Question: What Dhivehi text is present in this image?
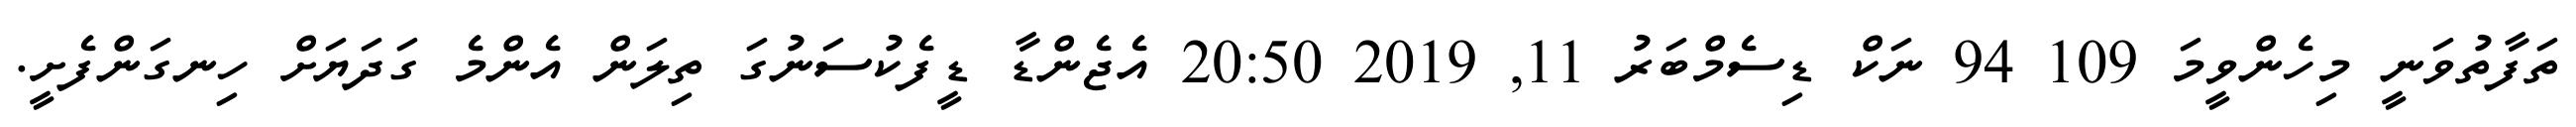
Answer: ތަފާތުވަނީ މިހެންވީމަ 109 94 ނަކް ޑިސެމްބަރު 11, 2019 20:50 އެޖެންޑާ ޑީފެކުސަނުގަ ތިލަން އެންމެ ގަދަޔަށް ހިނގަންފެށީ.